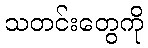
သတင်းတွေကို